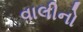
વાલીનો